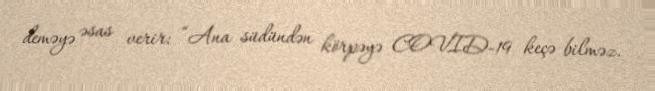
deməyə əsas verir: “Ana südündən körpəyə COVID-19 keçə bilməz.